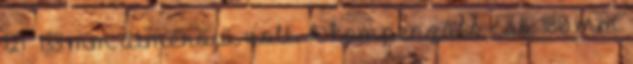
121 133 mm átmérőjű volt. A kompenzáló cső 180 mm